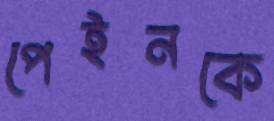
পেইনকে